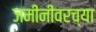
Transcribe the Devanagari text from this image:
जमीनीवरच्या